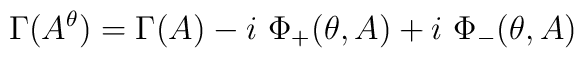
\Gamma (A^\theta )=\Gamma (A) -i\ \Phi_+(\theta ,A)+i\ \Phi_-(\theta ,A)